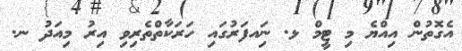
އެގޮތުން އިއްޔެ މި ޓީމް ޅ. ނަިއފަރުގައި ހަރަކާތްތެރިވި އިރު މިއަދު ނ.